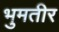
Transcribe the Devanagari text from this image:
भुमतीर